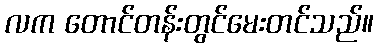
လက တောင်တန်းတွင်မေးတင်သည်။